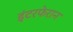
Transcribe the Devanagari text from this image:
इंटरफेरान